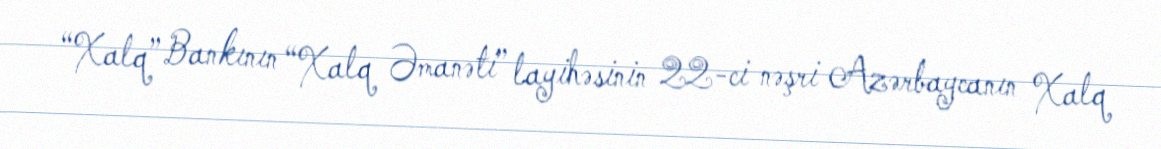
“Xalq” Bankının “Xalq Əmanəti” layihəsinin 22-ci nəşri Azərbaycanın Xalq